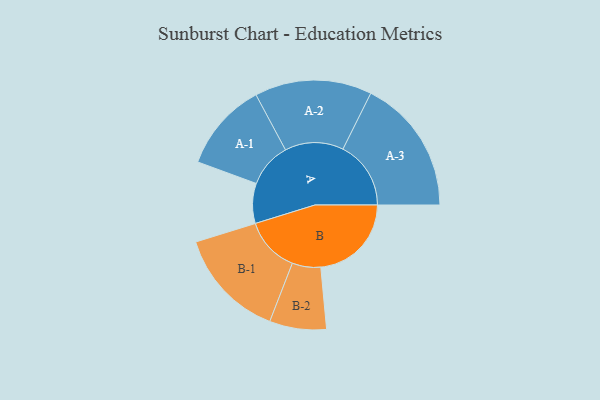
{"axis": {"x": "Segment", "y": "Value"}, "legend": ["", "A", "B"], "data": [{"x": "A", "y": 166, "type": ""}, {"x": "B", "y": 376, "type": ""}, {"x": "A-1", "y": 185, "type": "A"}, {"x": "A-2", "y": 243, "type": "A"}, {"x": "A-3", "y": 282, "type": "A"}, {"x": "B-1", "y": 229, "type": "B"}, {"x": "B-2", "y": 118, "type": "B"}]}